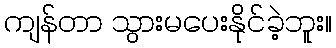
ကျန်တာ သွားမပေးနိုင်ခဲ့ဘူး။